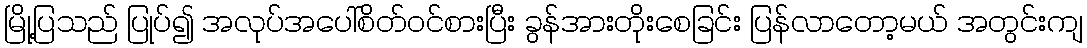
မြို့ပြသည် ပြုပ်၍ အလုပ်အပေါ်စိတ်ဝင်စားပြီး ခွန်အားတိုးစေခြင်း ပြန်လာတော့မယ် အတွင်းကျ